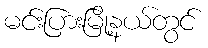
မင်းပြားမြို့နယ်တွင်